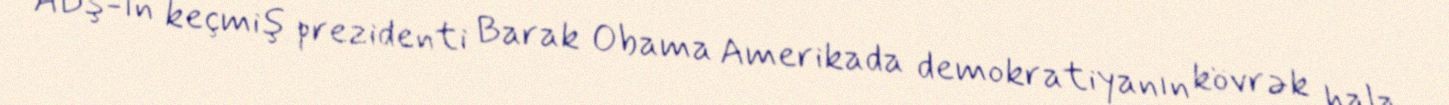
ABŞ-ın keçmiş prezidenti Barak Obama Amerikada demokratiyanın kövrək hala